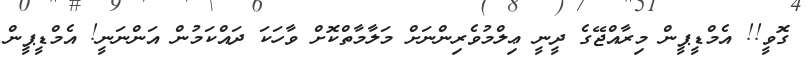
ގޮވީ!! އެމްޑީޕީން މިރާއްޖޭގެ ދީނީ ޢިލްމުވެރިންނަށް މަލާމާތްކޮށް ވާހަކަ ދައްކަމުން އަންނަނީ! އެމްޑީޕީން